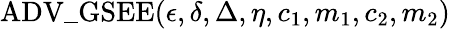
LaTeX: \mathrm{ADV\_ GSEE}(\epsilon,\delta,\Delta,\eta,c_{1},m_{1},c_{2},m_{2})